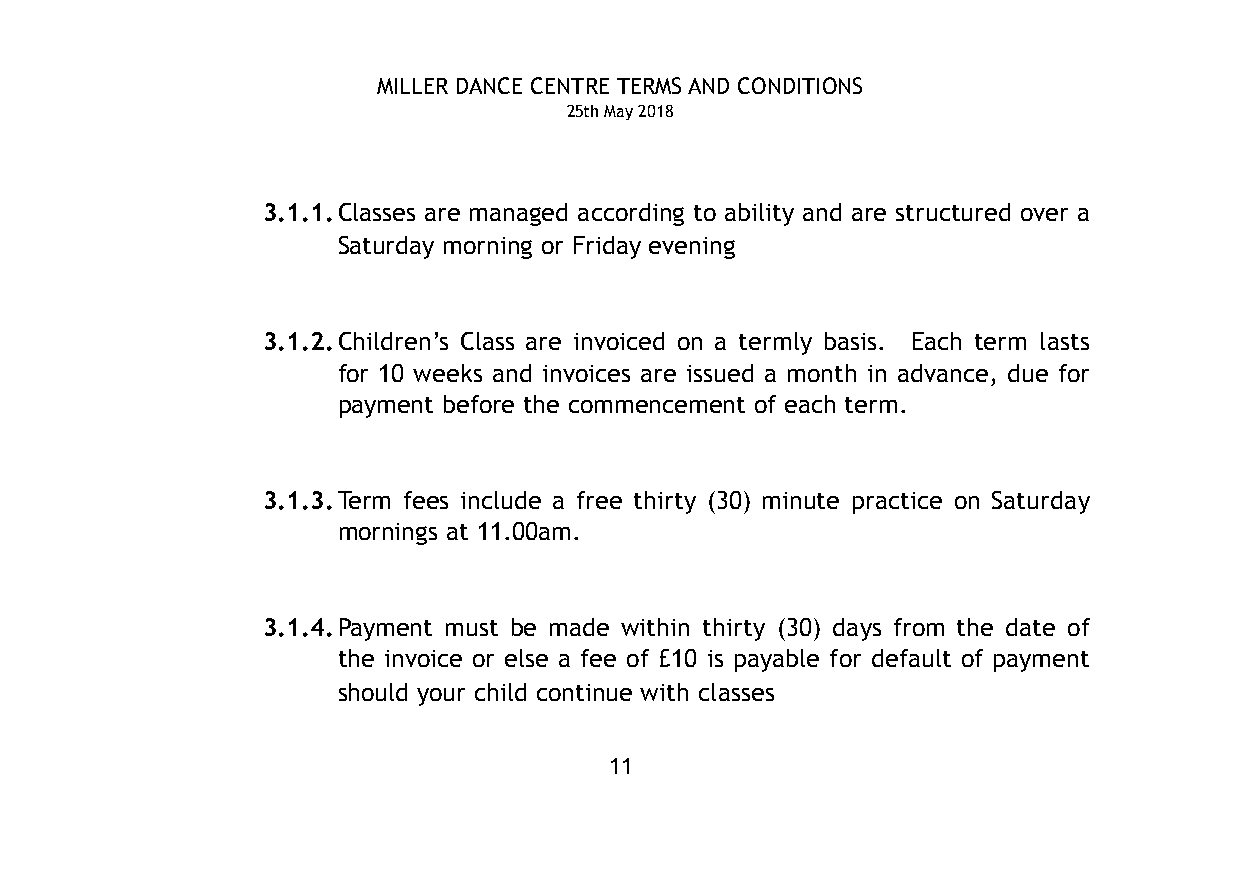
MILLER DANCE CENTRE TERMS AND CONDITIONS
 25th May 2018
 3.1.1.Classes are managed according to ability and are structured over a
 Saturday morning or Friday evening
 3.1.2.Children’s Class are invoiced on a termly basis. Each term lasts
 for 10 weeks and invoices are issued a month in advance, due for
 payment before the commencement of each term.
 3.1.3.Term fees include a free thirty (30) minute practice on Saturday
 mornings at 11.00am.
 3.1.4.Payment must be made within thirty (30) days from the date of
 the invoice or else a fee of £10 is payable for default of payment
 should your child continue with classes
 11